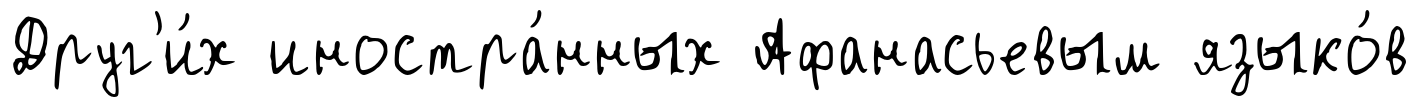
Друг'и́х иностра́нных Афанасьевым языко́в